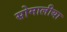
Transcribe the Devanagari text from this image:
सोमालीया